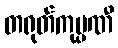
တရုတ်ကုမ္ပဏီ